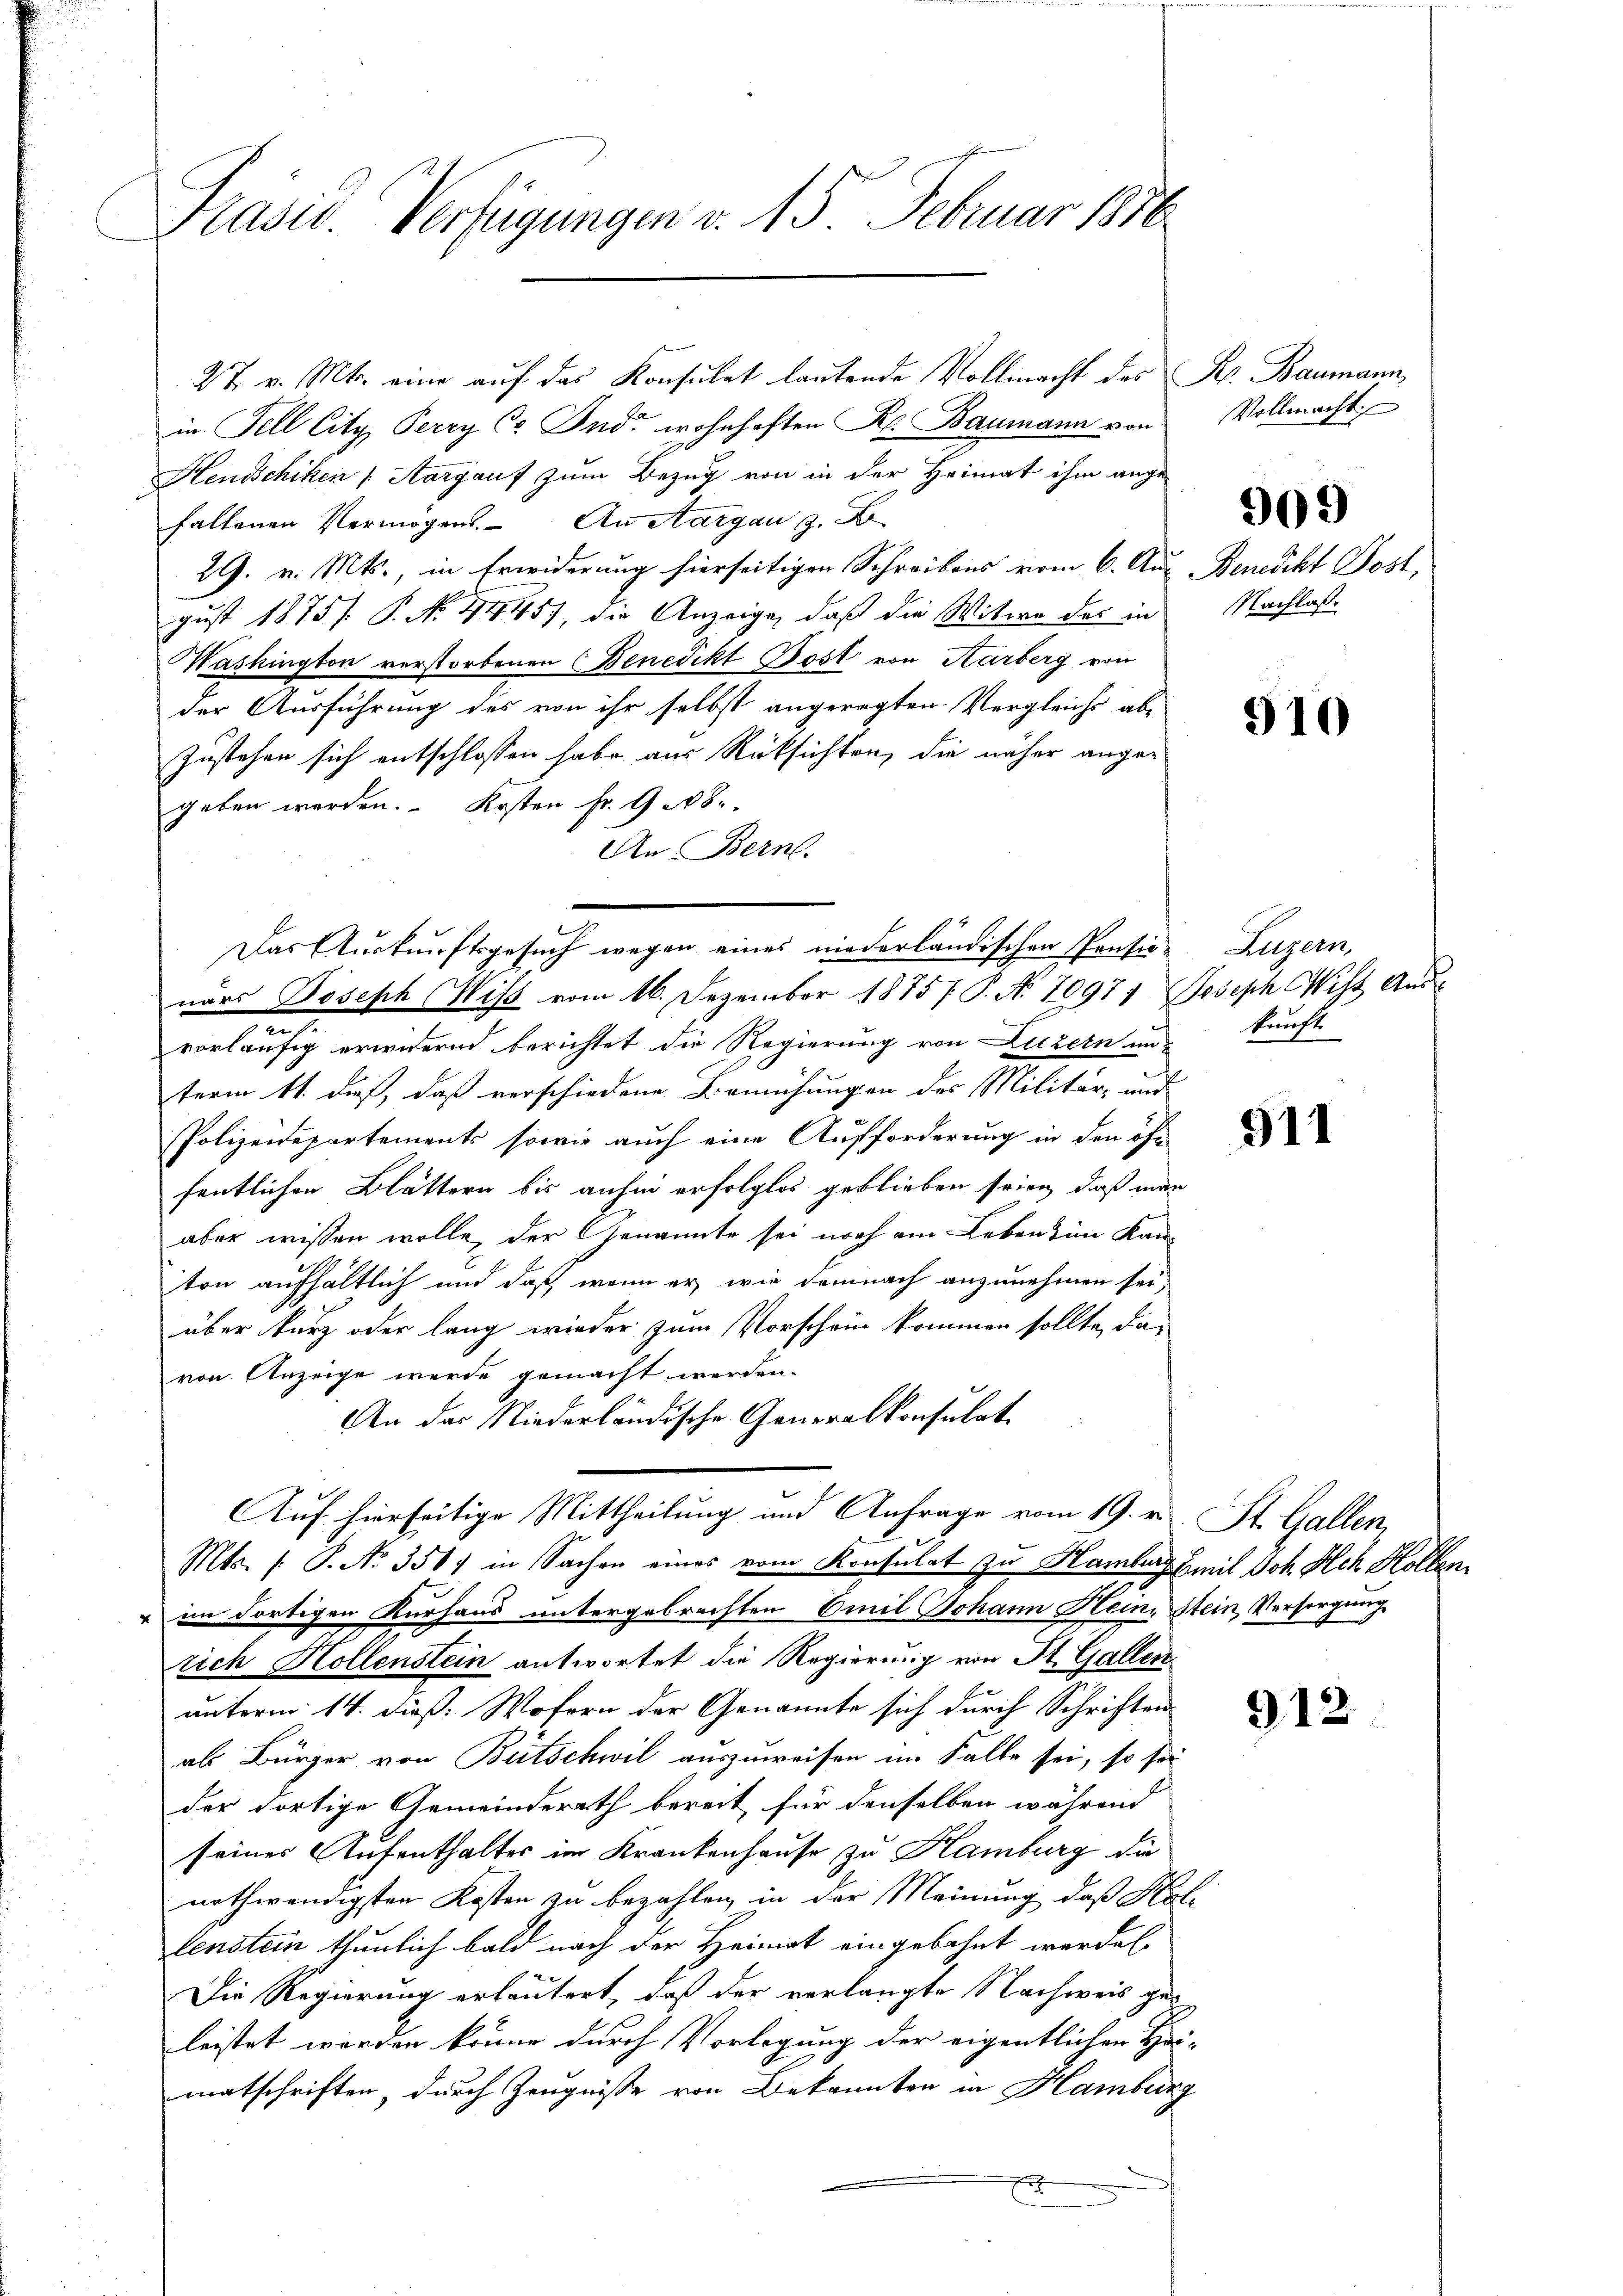
Präsid. Verfügungen v. 15 Februar 1816

27. v. Mts. eine auf das Konsulat lautende Vollmacht des Fr. Baumann,
in Fell City Perry Cr Indi wohnhaften K. Baumann von Vollmacht
Hendschiken (Aargauf zum Bezug von in der Heimat ihm angehaltenen Vermögens. An Aargau, z. B
29. v. Mts., in Erwiderung hierseitigen Schreibens vom 6. Aus Benedikt Post,
gust 1875. P. No. 4445), die Anzeige, daß die Witwe des in Nachlaß
Washington verstorbenen Benedikt Post von Karberg von
der Ausführung des von ihr selbst angeregten Vergleichs abe
Zustehen sich entschlossen habe aus Rücksichten, die näher angegeben werden. Kosten Fr. Gerbe
An Bern.
Das Auskunftsgesuch wegen eines niederländischen Pensio-Luzern,
nars Joseph Wiβ vom 16. Dezember 1875 / P. No 10971 Joseph Wist Aus
vorläufig erwidernd berichtet die Regierung von Luzern un-
term 11. dieß, daß verschiedene Bemühungen des Militär- und
Polizeidepartements, sowie auch eine Aufforderung in den öffentlichen Blättern bis anhin erfolglos geblieben seien, daß man
aber wissen wolle, der Genannte sei noch am Leben eine Kanton aufhältlich und daß wenn er wie demnach anzunehmen sei,
über kurz oder lang wieder zum Vorschein kommen sollte, davon Anzeige werde gemacht werden.
An das Niederländische Generalkonsulat
Auf hierseitige Mittheilung und Anfrage vom 19. v. St. Gallen,
Mts. s. S. No. 351) in Sachen eines vom Konsulat zu Hamburg mit Joh. Ach Hollen
 im dortigen Kurhaus untergebrachten Emil Johann Heine Stein, Versorgung
rich Hollenstein antwortet die Regierung von St. Gallen
unterm 14. dieß. Wofern der Genannte sich durch Schriften
als Bürger von Bütschwil auszuweisen im Falle sei, so sor
der dortige Gemeinderath bereit für denselben während
seines Aufenthaltes im Krankenhause zu Hamburg die
nothwendigsten Kosten zu bezahlen, in der Meinung, daß Hollenstein thunlich bald nach der Heimat eingebahnt werden.
Die Regierung erläutert, daß der verlangte Nachweis geleistet werden könne durch Vorlegung der eigentlichen Hei-
matschriften, durch Zeugnisse von Bekannten in Hamburg
E

909

910

kunft.

911

912